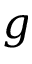
g